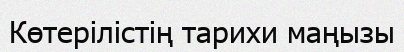
Көтерілістің тарихи маңызы